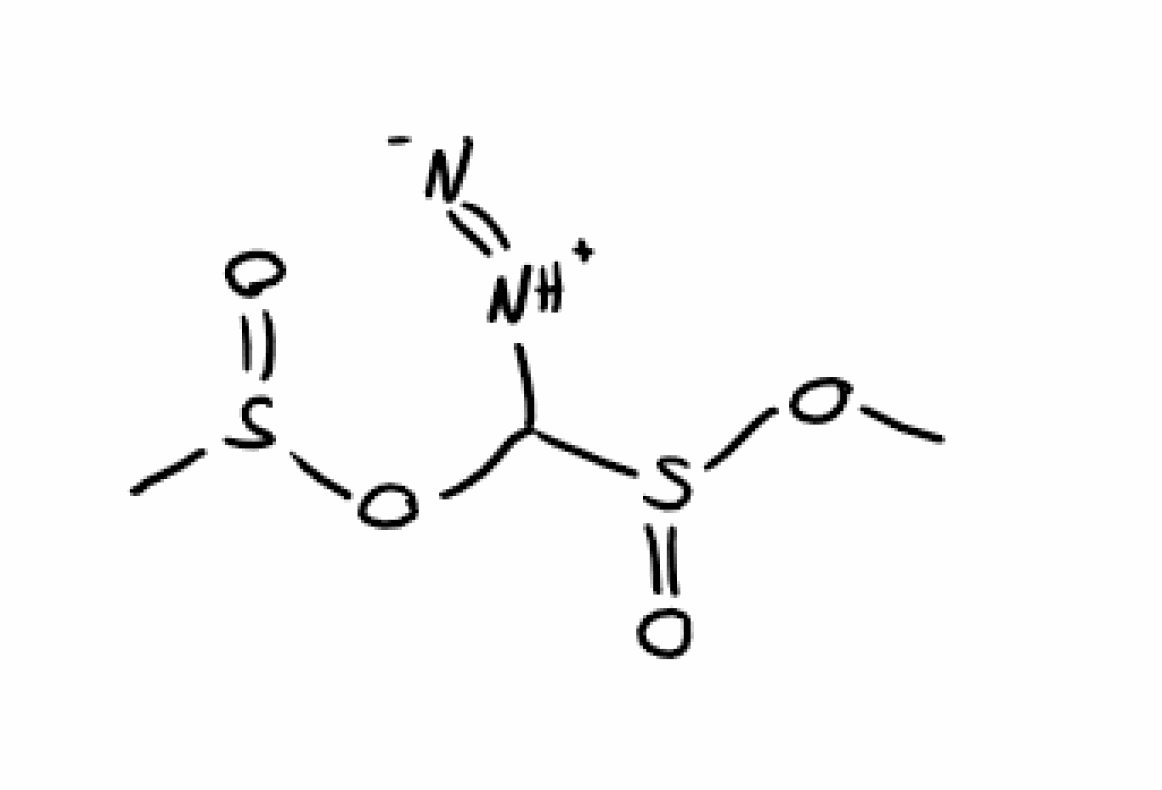
Simplified molecular-input line-entry system (SMILES) notation of the given molecule:
COS(=O)C([NH+]=[N-])OS(=O)C